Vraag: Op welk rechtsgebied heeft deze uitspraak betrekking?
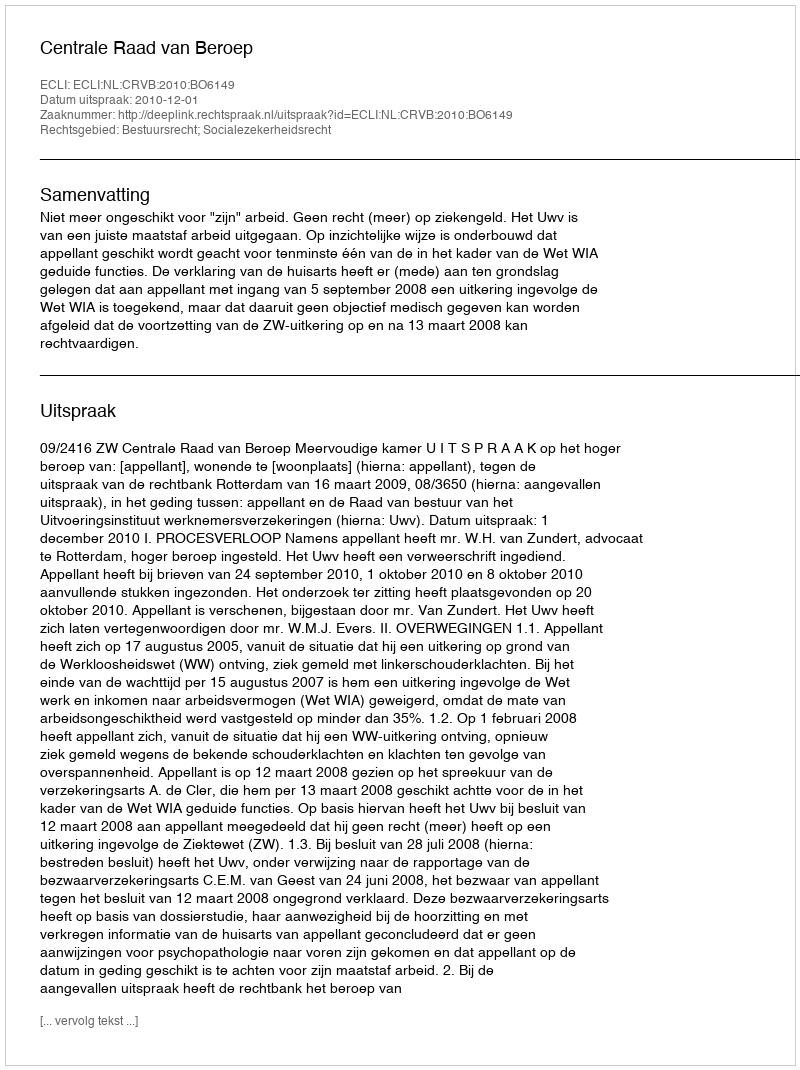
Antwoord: Bestuursrecht; Socialezekerheidsrecht